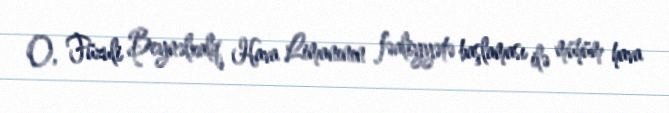
O, Füzuli Beynəlxalq Hava Limanının fəaliyyətə başlaması ilə mühüm hava